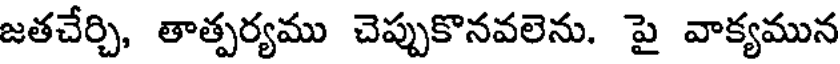
జతచేర్చి, తాత్పర్యము చెప్పుకొనవలెను. పై వాక్యమున